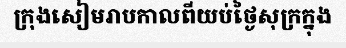
ក្រុងសៀមរាបកាលពីយប់ថ្ងៃសុក្រក្នុង